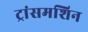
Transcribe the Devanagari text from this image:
ट्रांसमशिन